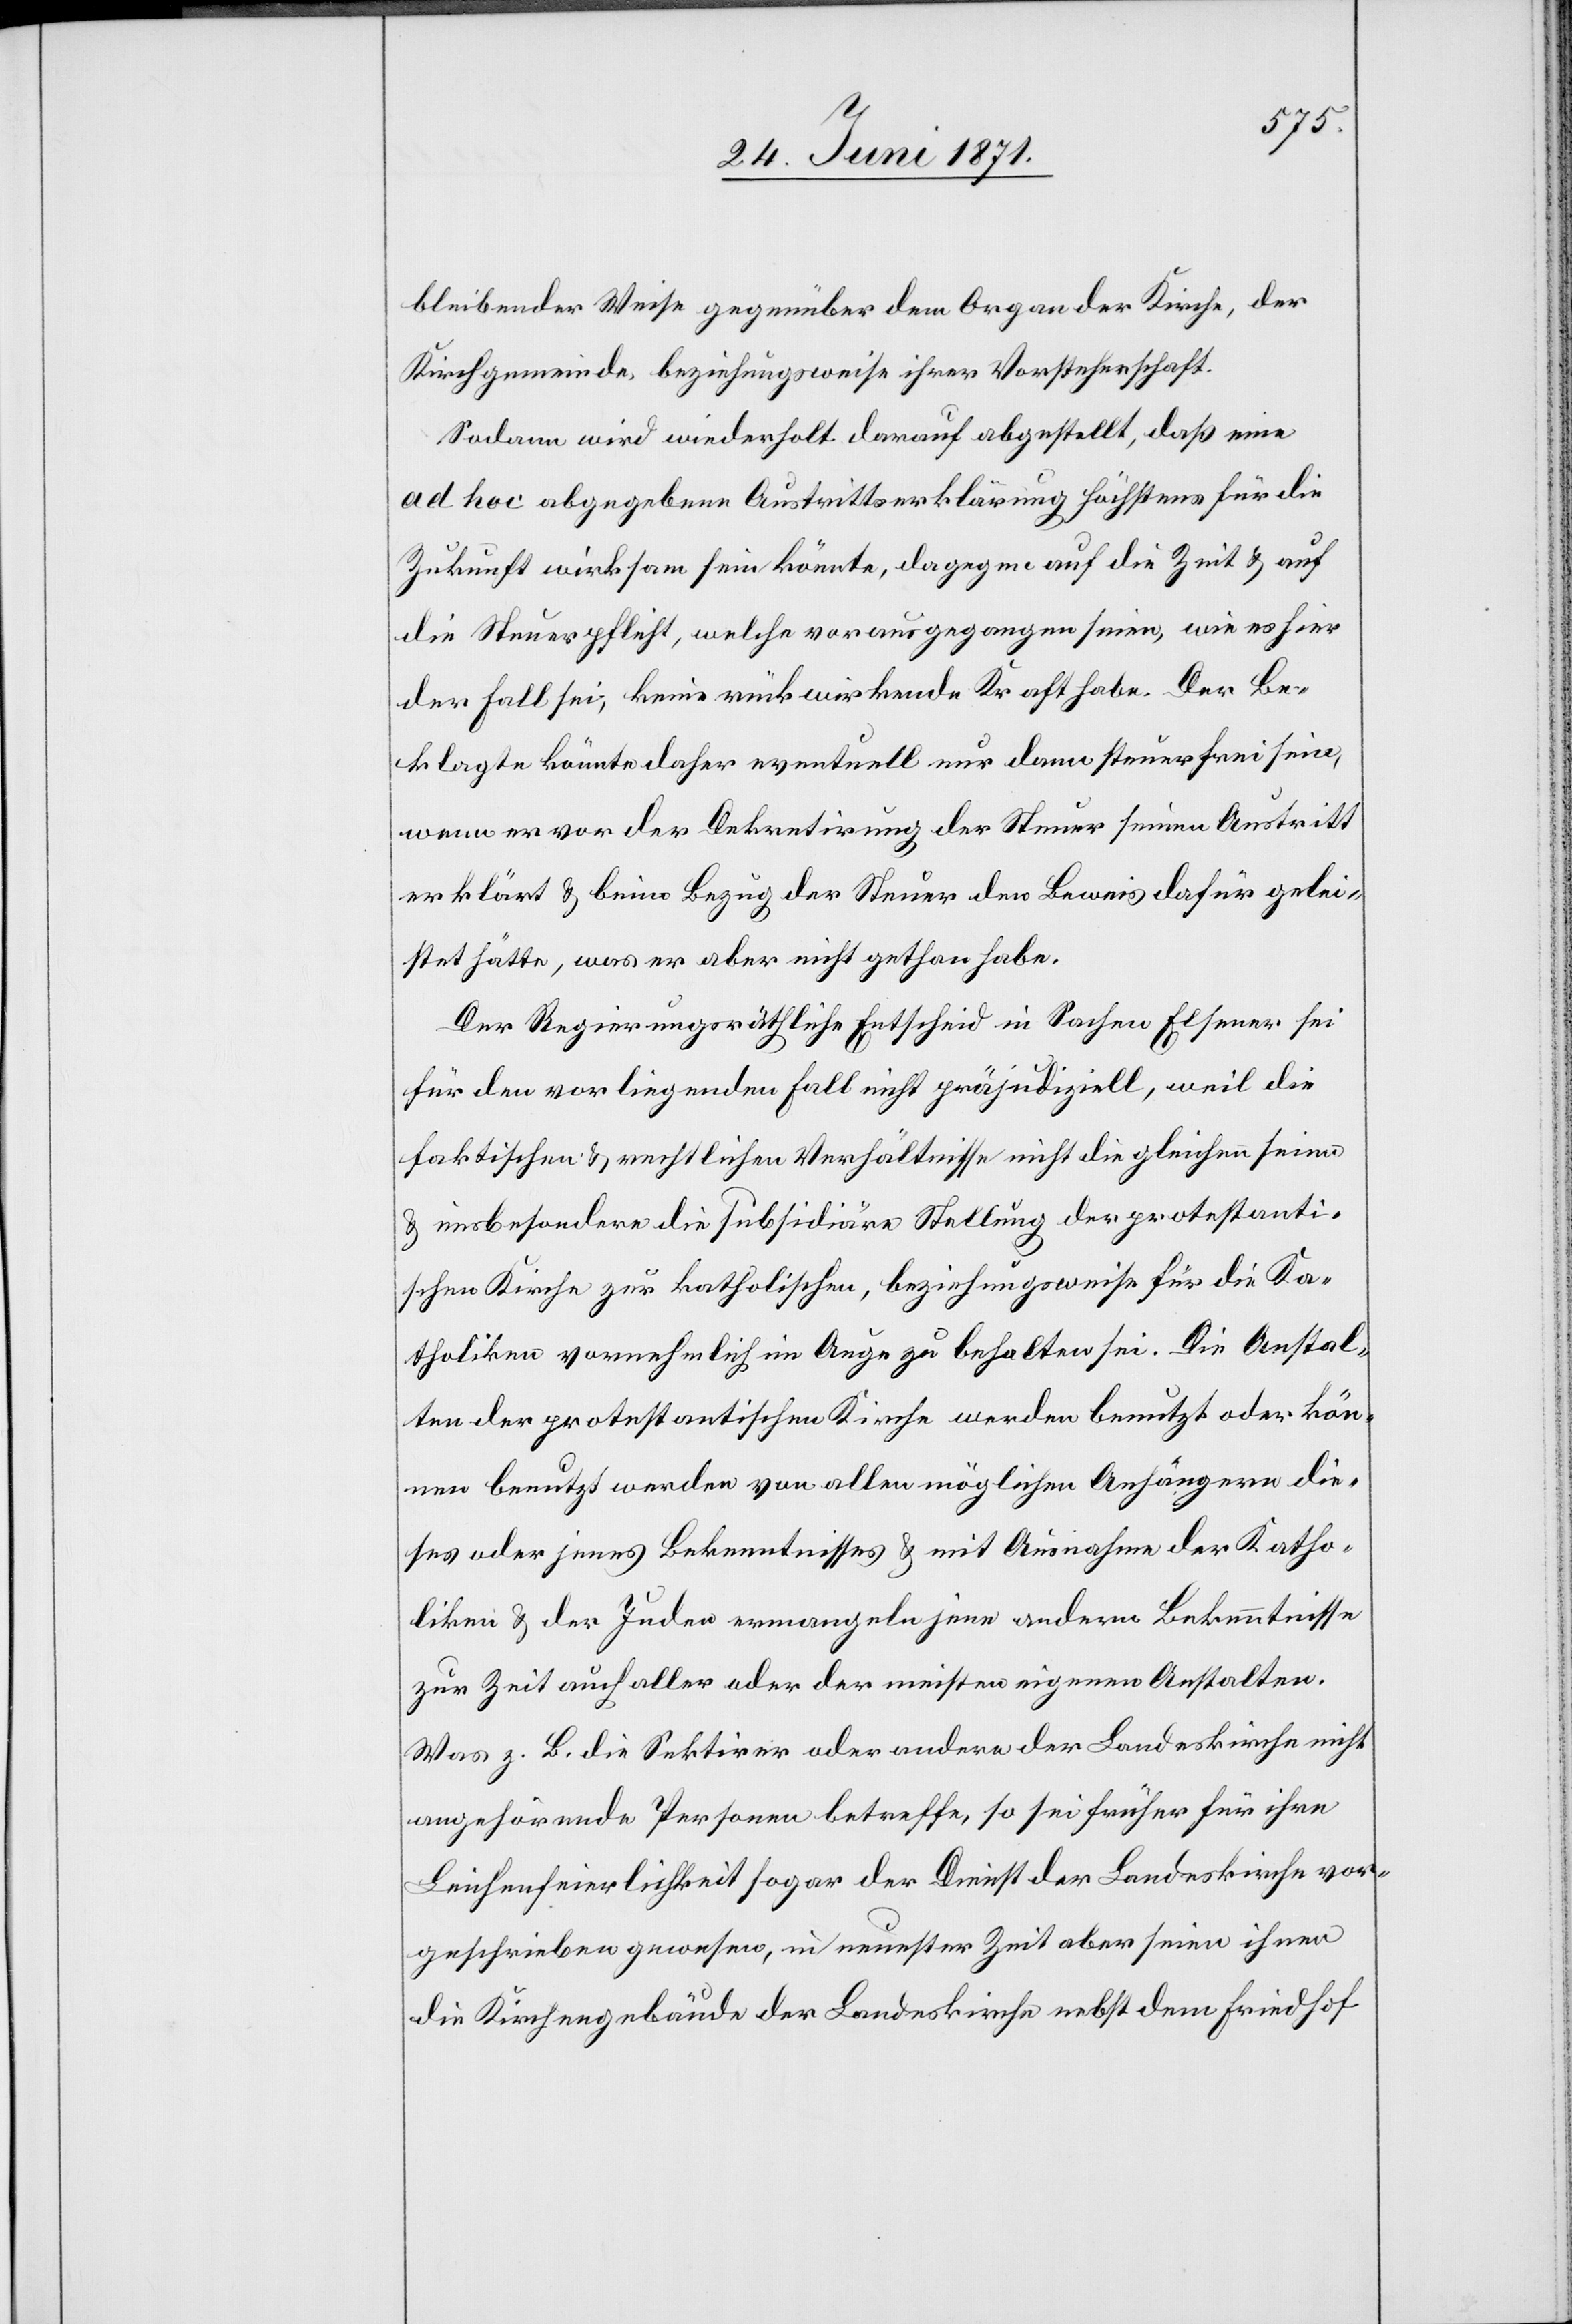
bleibender Weise gegenüber dem Organ der Kirche, der
Kirchgemeinde, beziehungsweise ihrer Vorsteherschaft.
Sodann wird wiederholt darauf abgestellt, daß eine
ad hoc abgegebene Austrittserklärung höchstens für die
Zukunft wirksam sein könnte, dagegen auf die Zeit u. auf
die Steuerpflicht, welche vorausgegangen seien, wie es hier
der Fall sei, keine rückwirkende Kraft habe. Der Be¬
klagte könne daher eventuell nur dann steuerfrei sein,
wenn er vor der Dekretirung der Steuer seinen Austritt
erklärt u. beim Bezug der Steuer den Beweis dafür gelei¬
stet hätte, was er aber nicht gethan habe.
Der Regierungsräthliche Entscheid in Sachen Elsener sei
für den vorliegenden Fall nicht präjudiziell, weil die
faktischen u. rechtlichen Verhältnisse nicht die gleichen seien
u. insbesondere die subsidiäre Stellung der protestanti¬
schen Kirche zur katholischen, beziehungsweise für die Ka¬
tholiken vornehmlich im Auge zu behalten sei. Die Anstal¬
ten der protestantischen Kirche werden benutzt oder kön¬
nen benutzt werden von allen möglichen Anhängern die¬
ses oder jenes Bekenntnisses u. mit Ausnahme der Katho¬
liken u. der Juden ermangeln jene andern Bekenntnisse
zur Zeit auf aller oder der meisten eigenen Anstalten.
Was z. B. die Sektirer oder andere der Landeskirche nicht
angehörende Personen betreffe, so sei früher für ihre
Leichenfeierlichkeit sogar der Dienst der Landeskirche vor¬
geschrieben gewesen, in neuester Zeit aber seien ihnen
die Kirchengebäude der Landeskirche nebst dem Friedhof